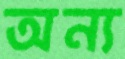
অন্য